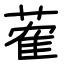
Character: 蒮